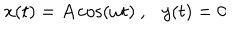
LaTeX: x ( t ) = A \cos ( \omega t ) \ , \ \ \ y ( t ) = 0